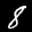
Label: 8